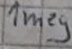
Text: 1meg